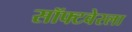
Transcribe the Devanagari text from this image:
सॉफ्टवेरला